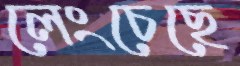
লেংচেছে